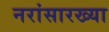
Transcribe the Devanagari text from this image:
नरांसारख्या